Vital statistics of India. Vol. VI, European troops 1870-79
Year: 1870
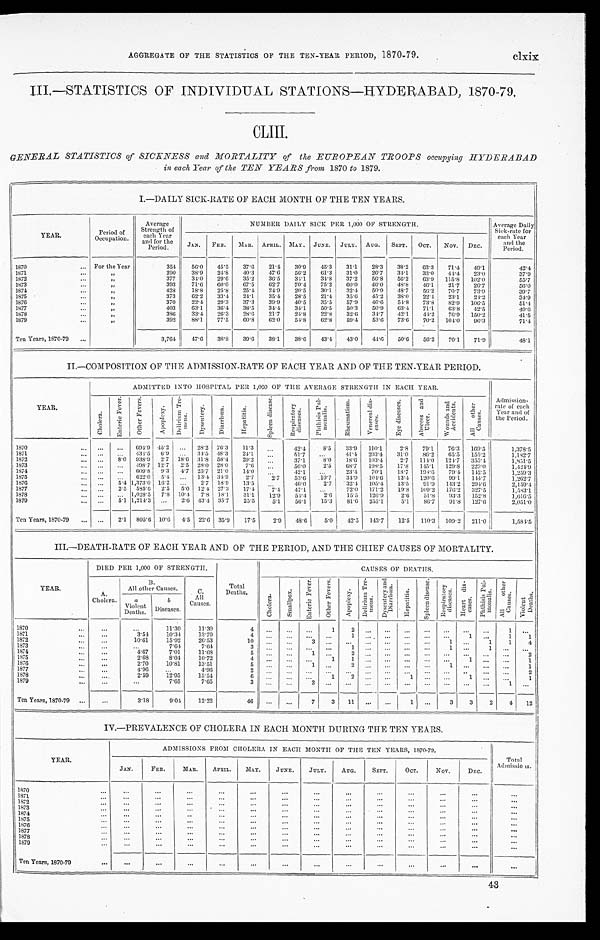
AGGREGATE OF THE STATISTICS OF THE TEN-YEAR PERIOD, 1870-79.
clxix
III.—STATISTICS OF INDIVIDUAL STATIONS—HYDERABAD, 1870-79.
C L I I I .
GENERAL STATISTICS of SICKNESS and MORTALITY of the EUROPEAN TROOPS occupying HYDERABAD
in each Year of the TEN YEARS from 1870 to 1879.
I.—DAILY SICK-RATE OF EACH MONTH OF THE TEN YEARS.
YEAR.
Period of
Occupation.
Average
Strength of
each
Year and for t h
e Period.
NUMBER DAILY SICK PER 1,000 OF STRENGTH.
Average Daily
Sick-rate for
each Year
and the
Period.
JAN. FEB. MAR. APRIL. MAY. JUNE. JULY. AUG. SEPT. OCT. NOV. DEC.
1870
For the Year
354 56.0 45.5 37.6 21.4 30.9 45.3 31.1 28.3 38.2 63.3 71.4 49.1
42.4
1871
,,
290 38.9 24.8 40.3 47.6 56.2 61.3 31.0 26.7 34.1 33.0 44.4 23.0
37.9
1872
,,
377 34.0 29.6 35.2 36.5 34.1 34.8 37.2 56.8 56.2 63.9 115.8 102.0
55.7
1873
, ,
393 71.6 60.0 67.5 62.7 70.4 75.2 60.0 46.0 48.8 46.1 21.7 26.7
56.0
1874
,,
428 18.8 25.8 25.4 24.9 20.5 30.1 32.4 50.9 48.7 56.2 70.7 73.9
39.7
1875
, ,
373 62.2 33.4 24.1 35.4 28.5 21.4 35.6 45.2 38.0 22.4 23.1 24.2
34.9
1876
, ,
370 22.4 29.3 37.3 39.9 40.5 35.5 57.9 46.6 54.8 73.8 82.9 106.5
51.4
1 8 7 7
,,
403 63.1 36.4 38.5 34.4 34.1 50.5 50.3 50.9 63.4 71.1 63.8 42.5
49.6
1878
,,
386
33.4 26.3 28.6 21.7 24.8 22.8 32.6 34.7 42.1 44.2 76.9 150.2
41.5
1879
, ,
392 88.1 77.5
6 0 . 8 62.0 54.8 62.8 59.4 53.6 73.6 70.2 104.0 96.3
71.4
Ten Years, 1870-79
3,764 47.6 38.8 39.6 38.1 38.6 43.4 43.0 44.6 50.6 56.2 70.1 71.9
48.1
II.—COMPOSITION OF THE ADMISSION-RATE OF EACH YEAR AND OF THE TEN-YEAR PERIOD.
YEAR.
ADMITTED INTO HOSPITAL PER 1,000 OF THE AVERAGE STRENGTH IN EACH YEAR.
Admission
-rate of ea
ch Year and of
the Period.
C h o l e r a .
En t e r i c F e v e r . O t h e r F e v e r s .
A p o p l e x y .
D e l i r i u m T r e - m e n s .
D y s e n t e r y . D i a r r h œ a .
H e p a t i t i s .
S p l e e n d i s e a s e .
R e s p i r a t o r y d i s e a s e s .
P h t h i s i s P u l - m o n a l i s .
R h e u m a t i s m .
V e n e r e a l d i s - e a s e s .
E y e d i s e a s e s . A b s c e s s a n d U l c e r .
W o u n d s a n d A c c i d e n t s .
A l l o t h e r C a u s e s .
1870
694.9 45.2
28.2 76.3 11.3
42.4 8.5 33.9 110.1
2.8 79.1 76.3 169.5
1,378.5
1871
434.5 6.9
34.5 48.3 24.1
51.7
41.4 203.4 31.0 86.2 65.5 155.2
1,182.7
1872
8.0 938.9 2.7 18.6 31.8 58.4 29.2
37.1
8.0 18.6 103.4 2.7 114.0 124.7 355.4
1,851.5
1873
498.7 12.7 2.5 28.0 28.0 7.6
56.0 2.5 68.7 198.5 17.8 145.1 129.8 229.0
1,424.9
1874
609.8 9.3 4.7 25.7 21.0 14.0
42.1
23.4 70.1 18.7 198.6 79.4 142 . 5
1,259.3
1875
622.0 5.4
13.4 34.9
2.7
2 . 7 53.6
1 0 . 7 34.9 104.6 13.4 120.6 99.1 144.7
1,262.7
1 8 7 6
5.4 1,373.0 16.2
2.7 18.9 13.5
46.0
2.7
3 2 . 4 105.4 13.5 91.9
1 4 3 . 2
294.6
2,159.4
1877
2.5 585.6 2.5 5.0 12.4 27.3 17.4 7.4 47.1
72.0 171.2 19.8 109.2
1 7 6 . 2 327.5
1,583.1
1878
1,028.5 7.8 10.4 7.8 18.1 31.1 12.9 54.4 2.6 15.5 126.9
2.6 51.8 93.3 152.8
1,616.5
1879
5.1 1,214.3
2.6 43.4 35.7 25.5 5.1 56.1 15.3 81.6 255.1
5.1 86.7 91.8 127.6
2,051.0
Ten Years, 1870-79
2.1 805.6 10.6 4.5 22.6 35.9 17.5
2.9 48.6
5.0 42.5 143.7 12.5 110.3 109.2 211.0
1,584.5
III.—DEATH-RATE OF EACH YEAR AND OF THE PERIOD, AND THE CHIEF CAUSES OF MORTALITY.
YEAR.
DIED PER 1,000 OF STRENGTH.
CAUSES OF DEATHS.
A.
Cholera.
B . A l l o t h e r C a u s e s .
C.
All
Causes.
Total
Deaths.
C h o l e r a .
S m a l l p o x .
E n t e r i c F e v e r .
O t h e r F e v e r s . A p o p l e x y .
D e l i r i u m T r e - m e n s . D y s e n t e r y a n d D i a r r h œ a .
H e p a t i t i s .
S p l e e n d i s e a s e . R e s p i r a t o r y d i s e a s e s .
H e a r t d i s - e a s e s . P h t h i s i s P u l - m o n a l i s .
A l l o t h e r C a u s e s .
V i o l e n t D e a t h s .
a
Violent
Deaths.
b
D i s e a s e s .
1 8 7 0
1 1 . 3 0
11.30
4
1 2
1
1 8 7 1
3.54 10.34
1 3 . 7 9
4
1
1
1 1
1872
10.61
15.92
26.53
10
3
1
1 1 4
1 8 7 3
7.64
7.64
3
1
1
1
1874
4.67
7.01 11.68
5
1
2
2
1875
2.68
8.04 10.72
4
1 1
1
1
1876
2.70
10.81
13.51
5
1
2
1
1
1877
4.96
4.96
2
2
1878
2.59
12.95 15.54
6
1 2
1
1
1
1879
7.65
7.65
3
2
1
Ten Years, 1870-79
3.18
9.04 12.22
4 6
7 3 11
1
3 3 2 4 12
IV.—PREVALENCE OF CHOLERA IN EACH MONTH DURING THE TEN YEARS.
YEAR.
ADMISSIONS FROM CHOLERA IN EACH MONTH OF THE TEN YEARS, 1870-79.
Total
Admissions.
JAN.
FEB.
MAR.
APRIL. MAY. JUNE. JULY. AUG.
SEPT.
OCT.
NOV.
DEC.
1870
1871
1 8 7 2 1873 1874
1875 1876
1877 1878 1879
Ten Years, 1870-79
43